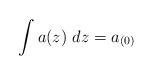
LaTeX: \begin{align*}\int a(z)\ dz=a_{(0)}\end{align*}